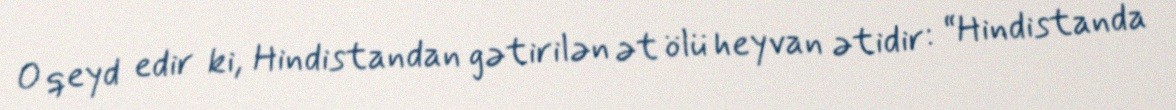
O qeyd edir ki, Hindistandan gətirilən ət ölü heyvan ətidir: “Hindistanda